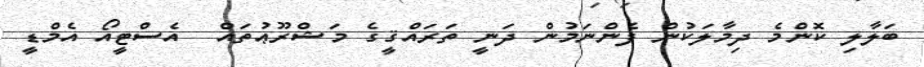
ބަލާލި ކޮންމެ ދިމާލަކުން ފެންނަމުން ދަނީ ތަރައްޤީގެ މަޝްރޫޢުތައް  އެސްޓީއޯ އެމްޑީ